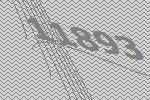
11893